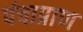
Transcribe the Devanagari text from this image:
पंचाप्राण